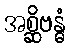
အစ္ဆိဗန္ဓံ